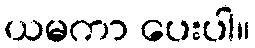
ယမကာ ပေးပါ။